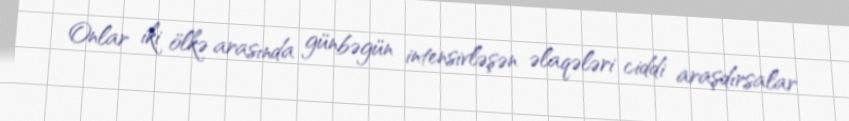
Onlar iki ölkə arasında günbəgün intensivləşən əlaqələri ciddi araşdırsalar